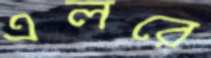
এলরে